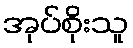
အုပ်စိုးသူ